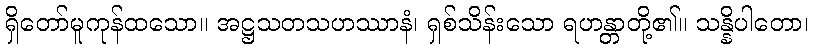
ရှိတော်မူကုန်ထသော။ အဋ္ဌသတသဟဿာနံ၊ ရှစ်သိန်းသော ရဟန္တာတို့၏။ သန္နိပါတော၊